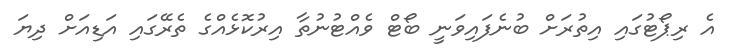
އެ ރިޕޯޓުގައި އިތުރަށް ބުނެފައިވަނީ ބޯޓް ވެއްޓުނުތާ އިރުކޮޅެއްގެ ތެރޭގައި އަޑިއަށް ދިޔަ